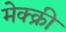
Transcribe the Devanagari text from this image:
मेक्क्री